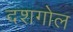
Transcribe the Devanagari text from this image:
दशगोल